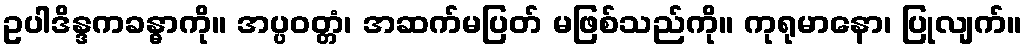
ဥပါဒိန္ဒကခန္ဓာကို။ အပ္ပဝတ္တံ၊ အဆက်မပြတ် မဖြစ်သည်ကို။ ကုရုမာနော၊ ပြုလျက်။